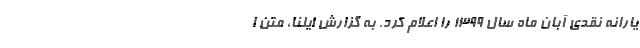
یارانه نقدی آبان ماه سال 1399 را اعلام کرد. به گزارش ایلنا، متن ا